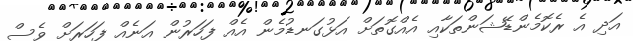
އަދި އެ ރެކޮމެންޑޭޝަންތަކާއި އެއްގޮތަށް އަޅުގަނޑުމެން އެއް ފަހަރުން އަނެއް ފަހަރަށް ވެސް